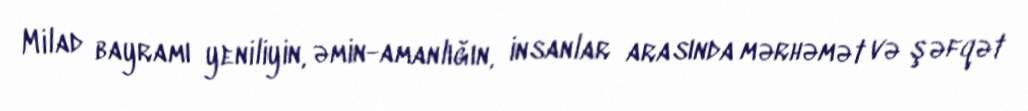
Milad bayramı yeniliyin, əmin-amanlığın, insanlar arasında mərhəmət və şəfqət